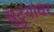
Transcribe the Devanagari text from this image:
सुट्ट्यांवर